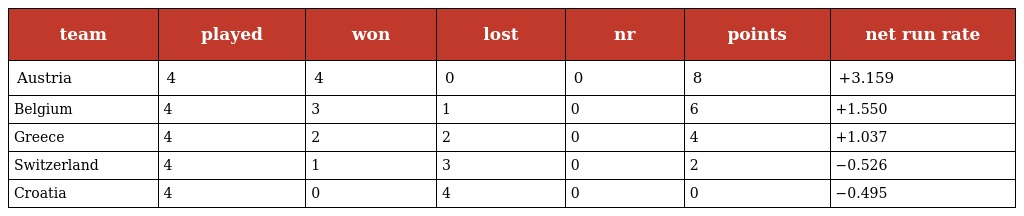
| team | played | won | lost | nr | points | net run rate |
 | --- | --- | --- | --- | --- | --- | --- |
 | Austria | 4 | 4 | 0 | 0 | 8 | +3.159 |
 | Belgium | 4 | 3 | 1 | 0 | 6 | +1.550 |
 | Greece | 4 | 2 | 2 | 0 | 4 | +1.037 |
 | Switzerland | 4 | 1 | 3 | 0 | 2 | −0.526 |
 | Croatia | 4 | 0 | 4 | 0 | 0 | −0.495 |